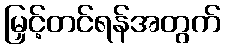
မြှင့်တင်ရန်အတွက်